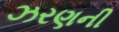
ઝરણની